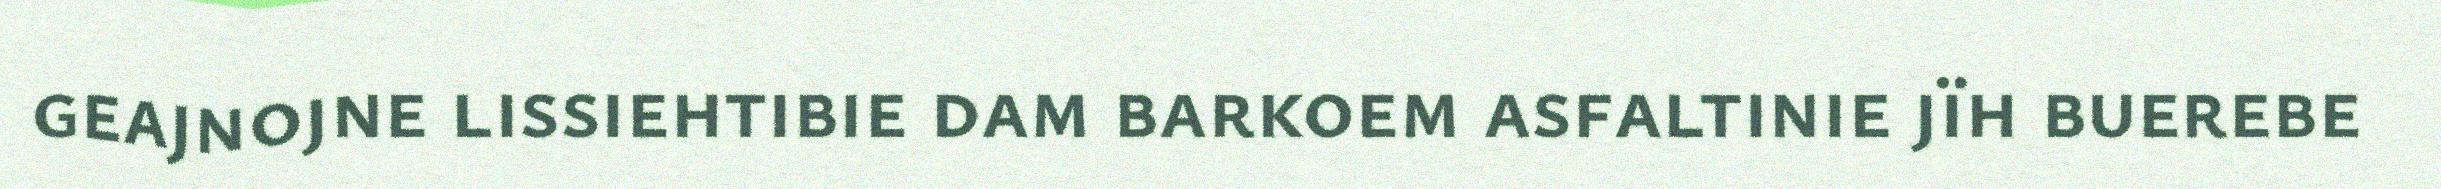
geajnojne lissiehtibie dam barkoem asfaltinie jïh buerebe